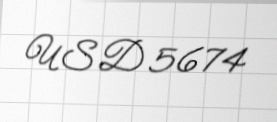
USD 5674